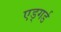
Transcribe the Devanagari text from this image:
एड्गर्ड